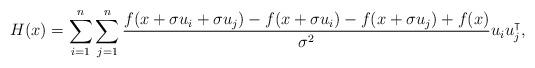
LaTeX: \begin{align*}H(x) = \sum_{i=1}^n \sum_{j=1}^n \frac{f(x+\sigma u_i+\sigma u_j) - f(x+\sigma u_i) - f(x+\sigma u_j) + f(x)}{\sigma^2} u_i u_j^\intercal,\end{align*}